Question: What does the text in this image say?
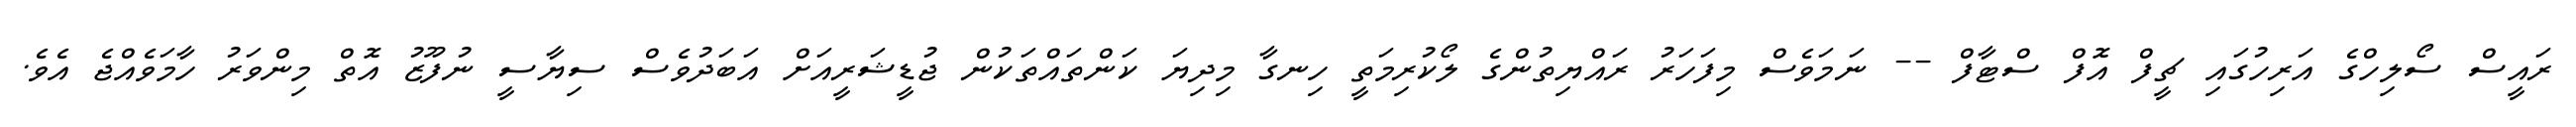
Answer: ރައީސް ސޯލިހްގެ އަރިހުގައި ޗީފް އޮފް ސްޓާފް -- ނަމަވެސް މިފަހަރު ރައްޔިތުންގެ ލޯކުރިމަތީ ހިނގާ މިދިޔަ ކަންތައްތަކުން ޖުޑީޝަރީއަށް އަބަދުވެސް ސިޔާސީ ނުފޫޒު އޮތް މިންވަރު ހާމަވެއްޖެ އެވެ.